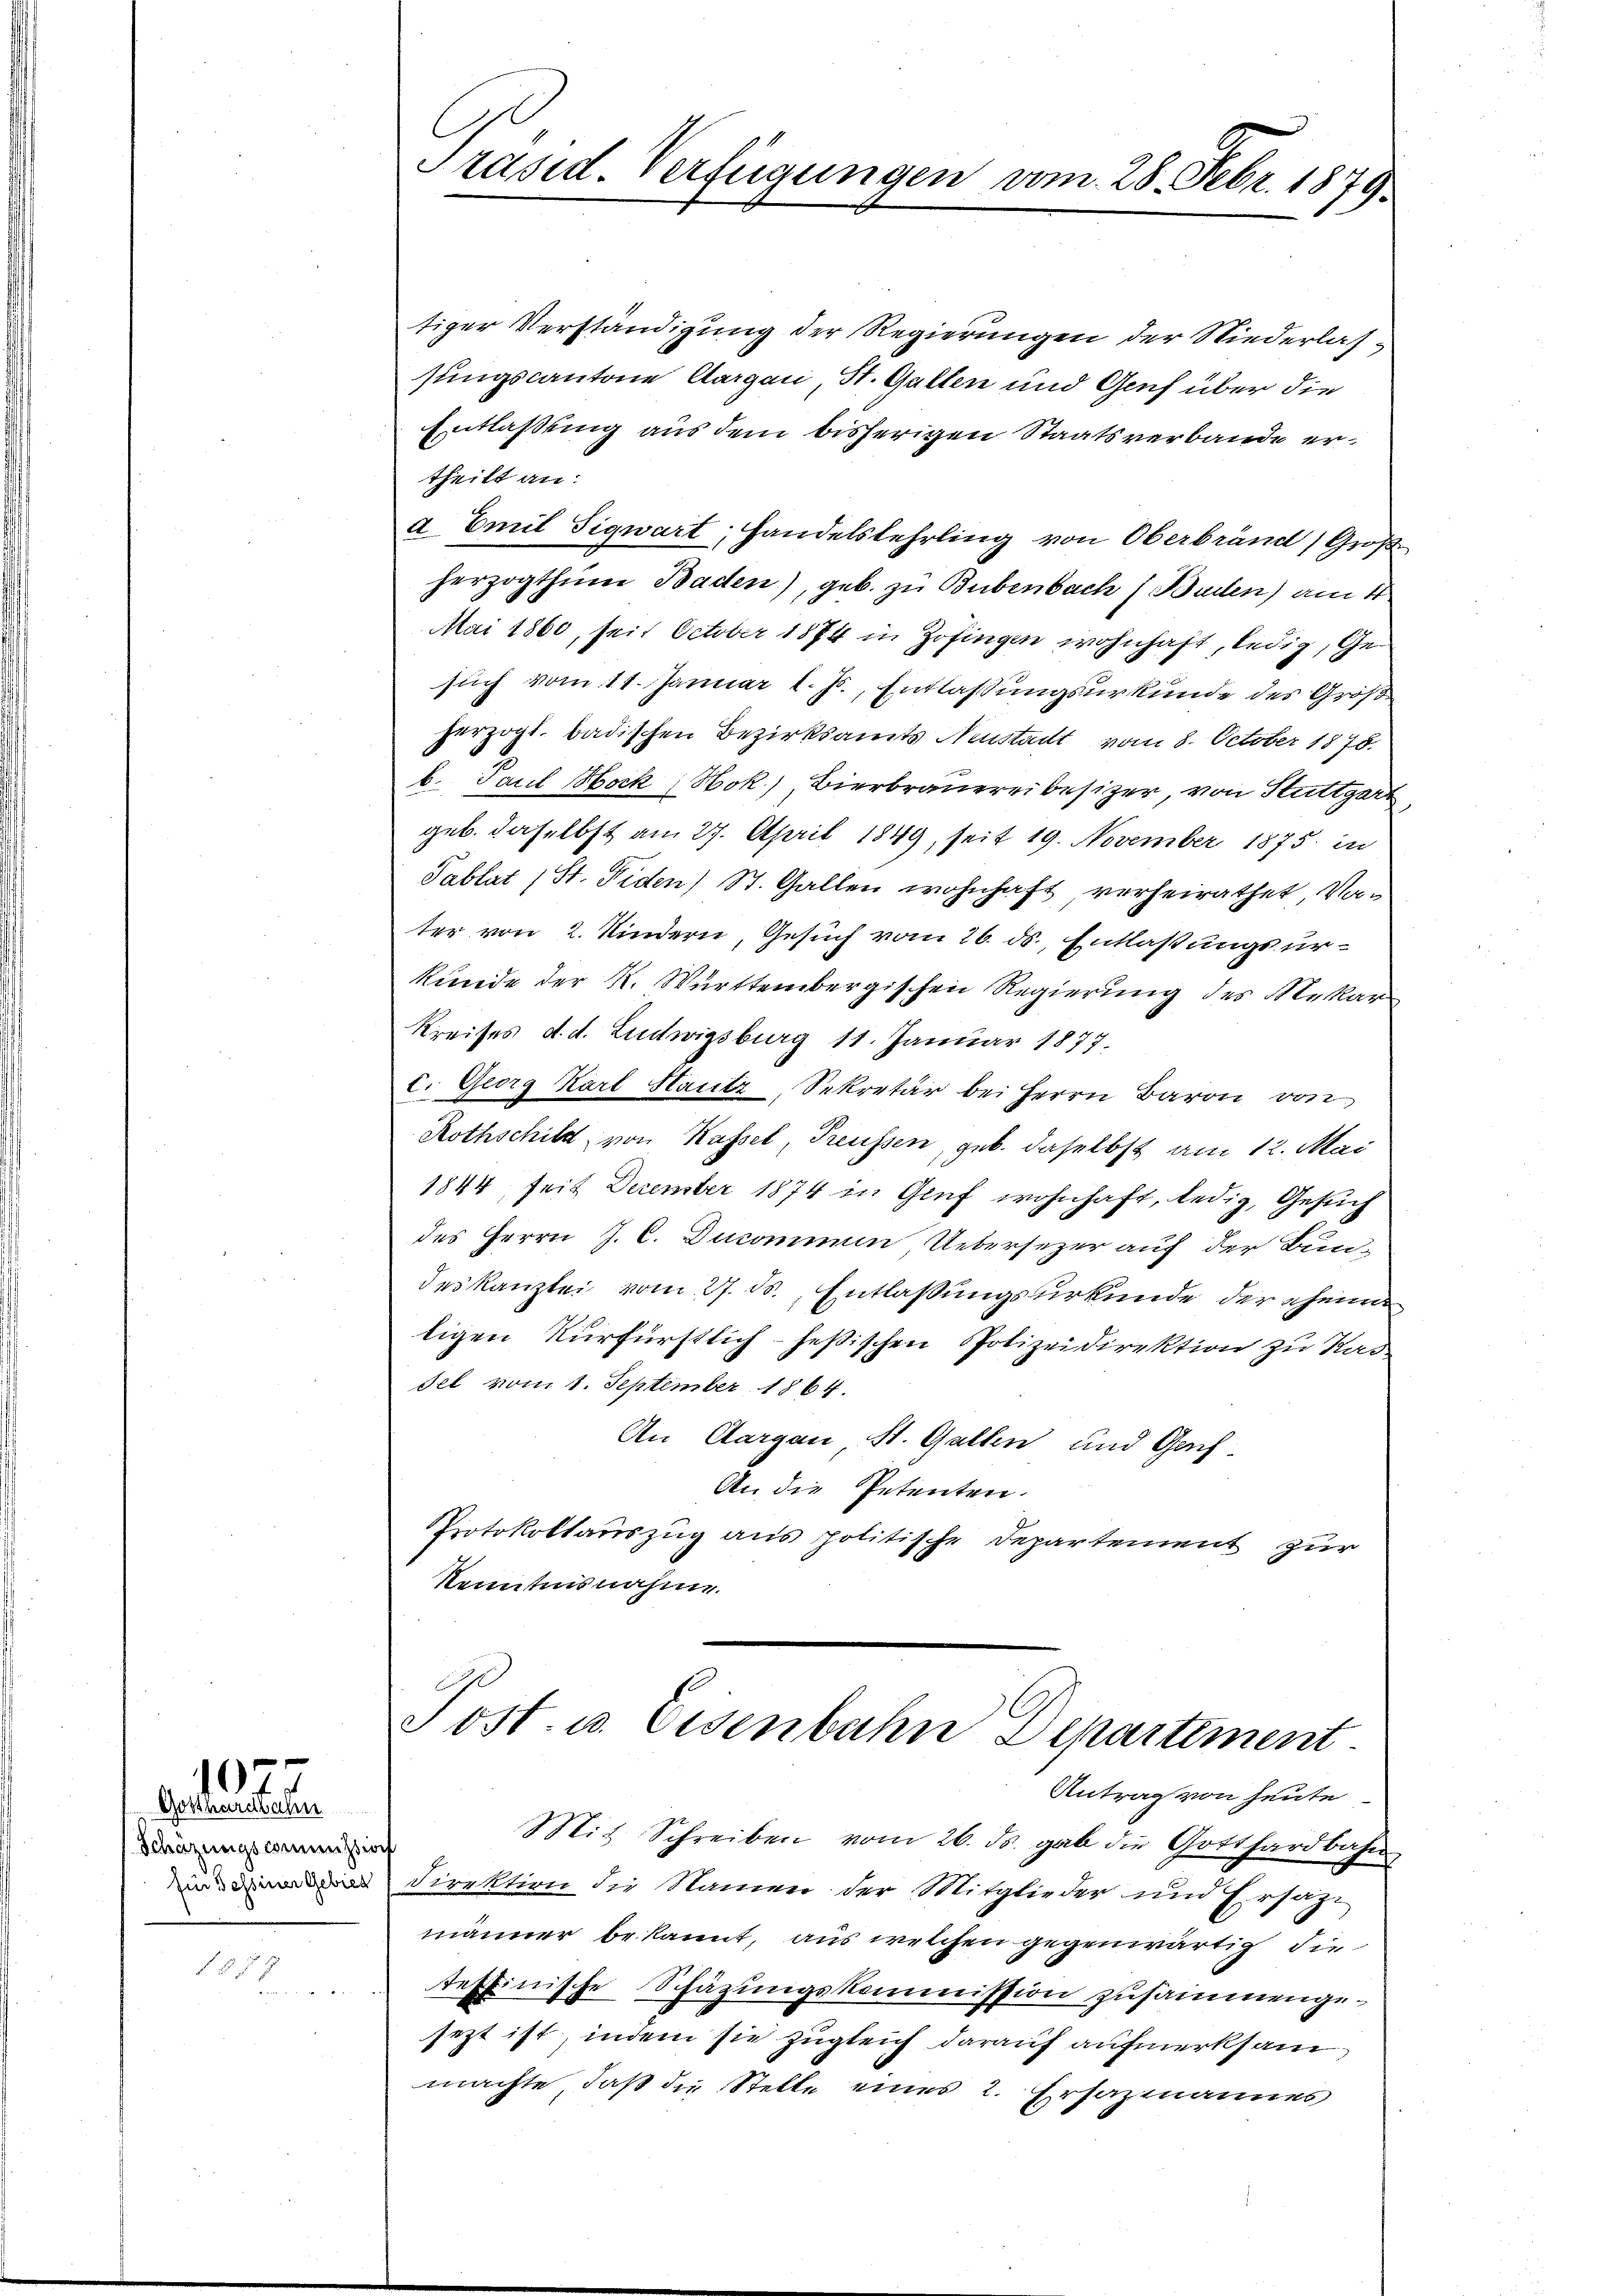
Gesandtsche
Schazungscommission
für Tessiner Gebiet

7

f

.

Präsid. Verfügungen vom 28. Febr. 1879

tiger Verständigung der Regierungen der Niederlas
sungscantone Aargau St. Gallen und Genf über die
Entlaßung aus dem bisherigen Staatsverbande ertheilt an:
a Emil Sigwart, Handelslehrling von Oberbrand) Groß
herzogthum Baden), geb. zu Bubenbach (Buien) am 4
Mai 1860, seit October 1874 in Zofingen wohnhaft, ledig, Gesuch vom 11. Januar l. Js., Entlassungsurkunde des Groß
herzogl. badischen Bezirksamts Neustadt vom 8. October 1878.
b. Paul Hock, Hok), Bierbrauereibesizer, von Stuttgart
geb. daselbst am 27. April 1849, seit 19. November 1875 in
Pablat (St. Fiden St. Gallen wohnhaft, verheirathet, Vater von 2. Kindern, Gesuch vom 26. ds., Entlaßungsurkunde der K. Württembergischen Regierung des Mekar
Kreises d. d. Ludwigsburg 11. Januar 1877.
c. Georg Karl Hautz, Sekretär bei Herrn Baron von
Rothschild von Kassel, Treussen, geb. daselbst am 12. Mai
1844, seit Dezember 1874 in Genf wohnhaft, ledig, Gesuch
des Herrn J. C. Ducommum Uebersezer auf der Bun-
deskanzlei vom 27. ds., Entlaßungsurkunde der ehema
ligen Kurfürstlich-Heßischen Polizeidirektion zu Rad
Fel vom 1. September 1864.
An Aargau St. Gallen und Gach-
An die Petenten.
Protokollauszug aus politische Departement zur
Kenntnisnahme.
Post. u. Eisenbahn Departement
Antrag von heute
Mit Schreiben vom 26. ds. gab die Gotthardbahn
Direktion die Namen der Mitglieder und Ersatze
männer bekannt, aus welchen gegenwärtig die
textinische Schäzungskommission zusammengesezt ist, indem sie zugleich darauf aufmerksam,
machte, daß die Stelle eines 2. Ersazmannes